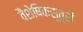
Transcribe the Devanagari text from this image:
वैशेषिकसूत्रों